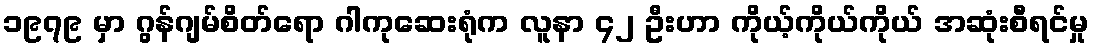
၁၉၇၉ မှာ ဂွန်ဂျမ်စိတ်ရော ဂါကုဆေးရုံက လူနာ ၄၂ ဦးဟာ ကိုယ့်ကိုယ်ကိုယ် အဆုံးစီရင်မှု